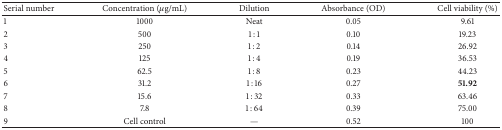
<table><thead><tr><td><b>Serial number</b></td><td><b>Concentration (<i>μ</i>g/mL)</b></td><td><b>Dilution</b></td><td><b>Absorbance (OD)</b></td><td><b>Cell viability (%)</b></td></tr></thead><tbody><tr><td>1</td><td>1000</td><td>Neat</td><td>0.05</td><td>9.61</td></tr><tr><td>2</td><td>500</td><td>1 : 1</td><td>0.10</td><td>19.23</td></tr><tr><td>3</td><td>250</td><td>1 : 2</td><td>0.14</td><td>26.92</td></tr><tr><td> 4</td><td>125</td><td>1 : 4</td><td>0.19</td><td>36.53</td></tr><tr><td>5</td><td>62.5</td><td>1 : 8</td><td>0.23</td><td>44.23</td></tr><tr><td>6</td><td>31.2</td><td>1 : 16</td><td>0.27</td><td><b>51.92</b></td></tr><tr><td>7</td><td>15.6</td><td>1 : 32</td><td>0.33</td><td>63.46</td></tr><tr><td>8</td><td>7.8</td><td>1 : 64</td><td>0.39</td><td>75.00</td></tr><tr><td>9</td><td>Cell control</td><td>—</td><td>0.52</td><td>100</td></tr></tbody></table>